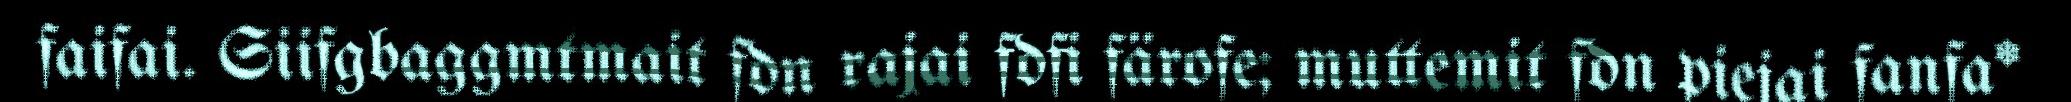
faifai. Siifgbaggmtmait fdn rajai fdfi färofe; muttemit fdn piejai fanfa*